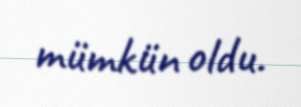
mümkün oldu.